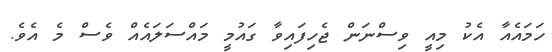
ހަމައެއާ އެކު މިއީ ވިސްނަން ޖެހިފައިވާ ގައުމީ މައްސަލައެއް ވެސް މެ އެވެ.